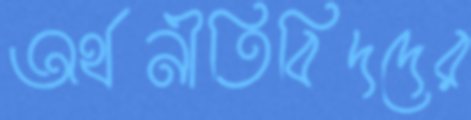
অর্থনীতিবিদদের